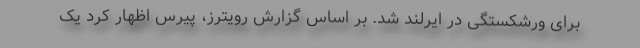
برای ورشکستگی در ایرلند شد. بر اساس گزارش رویترز، پیرس اظهار کرد یک